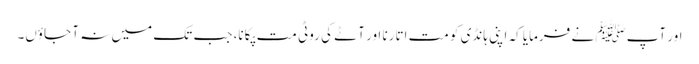
اور آپﷺ نے فرمایا کہ اپنی ہانڈی کو مت اتارنا اور آٹے کی روٹی مت پکانا، جب تک میں نہ آ جاؤں۔